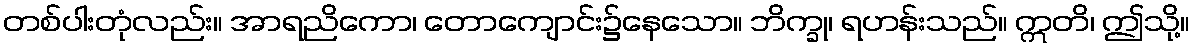
တစ်ပါးတုံလည်း။ အာရညိကော၊ တောကျောင်း၌နေသော။ ဘိက္ခု၊ ရဟန်းသည်။ ဣတိ၊ ဤသို့။